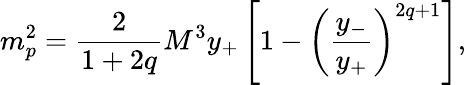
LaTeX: m_{p}^{2}={\frac{2}{1+2q}}{M^{3}y_{+}}\left[1-\left({\frac{y_{-}}{y_{+}}}\right)^{2q+1}\right],